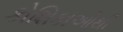
કોશિકાઓથી